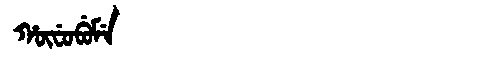
Manchu: ᡥᡡᠸᡠᠪᡠᠮᡝ
Romanization: HŪFUBUME